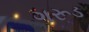
ગરૂડ